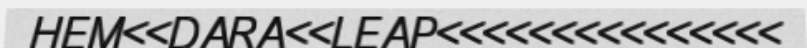
HEM<<DARA<<LEAP<<<<<<<<<<<<<<<